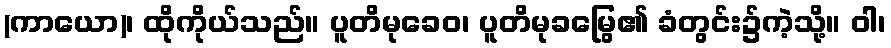
(ကာယော)၊ ထိုကိုယ်သည်။ ပူတိမုခေဝ၊ ပူတိမုခမြွေ၏ ခံတွင်း၌ကဲ့သို့။ ဝါ၊